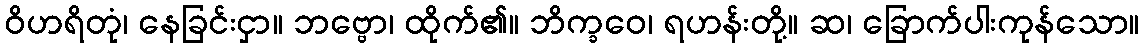
ဝိဟရိတုံ၊ နေခြင်းငှာ။ ဘဗ္ဗော၊ ထိုက်၏။ ဘိက္ခဝေ၊ ရဟန်းတို့။ ဆ၊ ခြောက်ပါးကုန်သော။